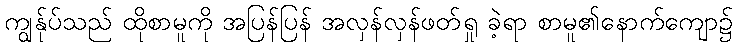
ကျွန်ုပ်သည် ထိုစာမူကို အပြန်ပြန် အလှန်လှန်ဖတ်ရှု ခဲ့ရာ စာမူ၏နောက်ကျော၌